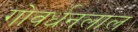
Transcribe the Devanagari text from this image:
गोवर्धनलाल